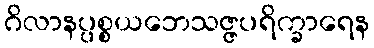
ဂိလာနပ္ပစ္စယဘေသဇ္ဇပရိက္ခာရေန